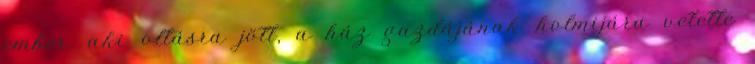
ember, aki oltásra jött, a ház gazdájának holmijára vetette